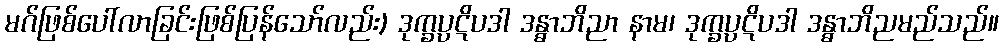
မဂ်ဖြစ်ပေါ်လာခြင်းဖြစ်ပြန်သော်လည်း) ဒုက္ခပ္ပဋိပဒါ ဒန္ဓာဘိညာ နာမ၊ ဒုက္ခပ္ပဋိပဒါ ဒန္ဓာဘိညမည်သည်။